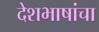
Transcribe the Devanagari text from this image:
देशभाषांचा